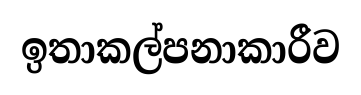
ඉතාකල්පනාකාරීව